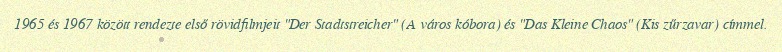
1965 és 1967 között rendezte első rövidfilmjeit "Der Stadtstreicher" (A város kóbora) és "Das Kleine Chaos" (Kis zűrzavar) címmel.